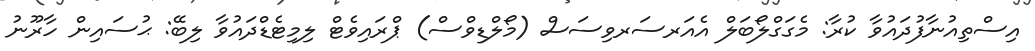
އިސްތިއުނާފުދައުވާ ކުރާ: މެގަގްލޯބަލް އެއަރސަރވިސަސް (މޯލްޑިވްސް) ޕްރައިވެޓް ލިމިޓެޑްދައުވާ ލިބޭ: ޙުސައިން ހާރޫނު